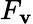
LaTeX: F_{\mathbf{v}}